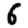
Digit: 6